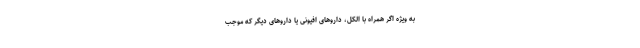
به ویژه اگر همراه با الکل، داروهای افیونی یا داروهای دیگر که موجب